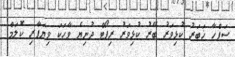
ސަފްހާ ޚަބަރު ކުޅިވަރު ބޭރު ކުޅިވަރު ރިޕޯޓް ދުނިޔެ ވާހަކަ ވިޔަފާރި ކޮލަމް